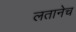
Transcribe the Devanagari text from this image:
लतानेच